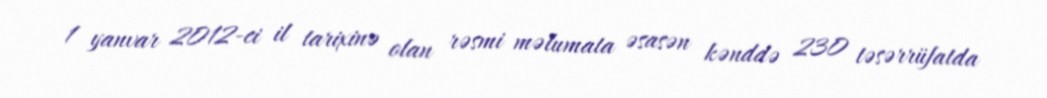
1 yanvar 2012-ci il tarixinə olan rəsmi məlumata əsasən kənddə 230 təsərrüfatda